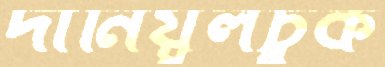
দানিয়ুলচুক